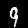
Digit: 9